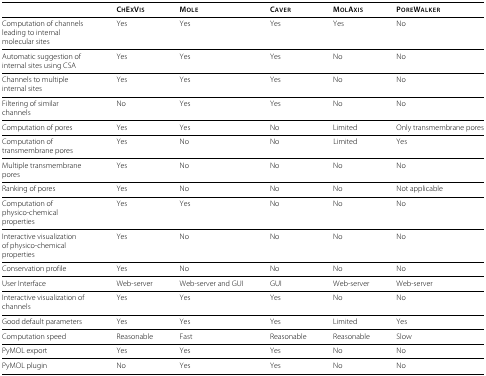
|  | CHEXVIS | MOLE | CAVER | MOLAXIS | POREWALKER |
 | --- | --- | --- | --- | --- | --- |
 | Computation of channels leading to internal molecular sites | Yes | Yes | Yes | Yes | No |
 | Automatic suggestion of internal sites using CSA | Yes | Yes | Yes | No | No |
 | Channels to multiple internal sites | Yes | Yes | Yes | No | No |
 | Filtering of similar channels | No | Yes | Yes | No | No |
 | Computation of pores | Yes | Yes | No | Limited | Only transmembrane pores |
 | Computation of transmembrane pores | Yes | No | No | Limited | Yes |
 | Multiple transmembrane pores | Yes | No | No | No | No |
 | Ranking of pores | Yes | No | No | No | Not applicable |
 | Computation of physico-chemical properties | Yes | Yes | No | No | No |
 | Interactive visualization of physico-chemical properties | Yes | No | No | No | No |
 | Conservation profile | Yes | No | No | No | No |
 | User Interface | Web-server | Web-server and GUI | GUI | Web-server | Web-server |
 | Interactive visualization of channels | Yes | Yes | Yes | No | No |
 | Good default parameters | Yes | Yes | Yes | Limited | Yes |
 | Computation speed | Reasonable | Fast | Reasonable | Reasonable | Slow |
 | PyMOL export | Yes | Yes | Yes | No | No |
 | PyMOL plugin | No | Yes | Yes | No | No |